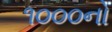
૧૦૦૦નો